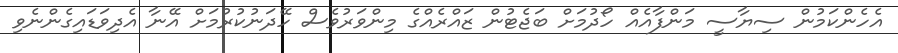
އެހެންކަމުން ސިޔާސީ މަންފާއެއް ހޯދުމަށް ބަޖެޓުން ޒައްރެއްގެ މިންވަރުވެސް ހޭދަނުކުރުމަށް އޭނާ އެދިވަޑައިގެންނެވި